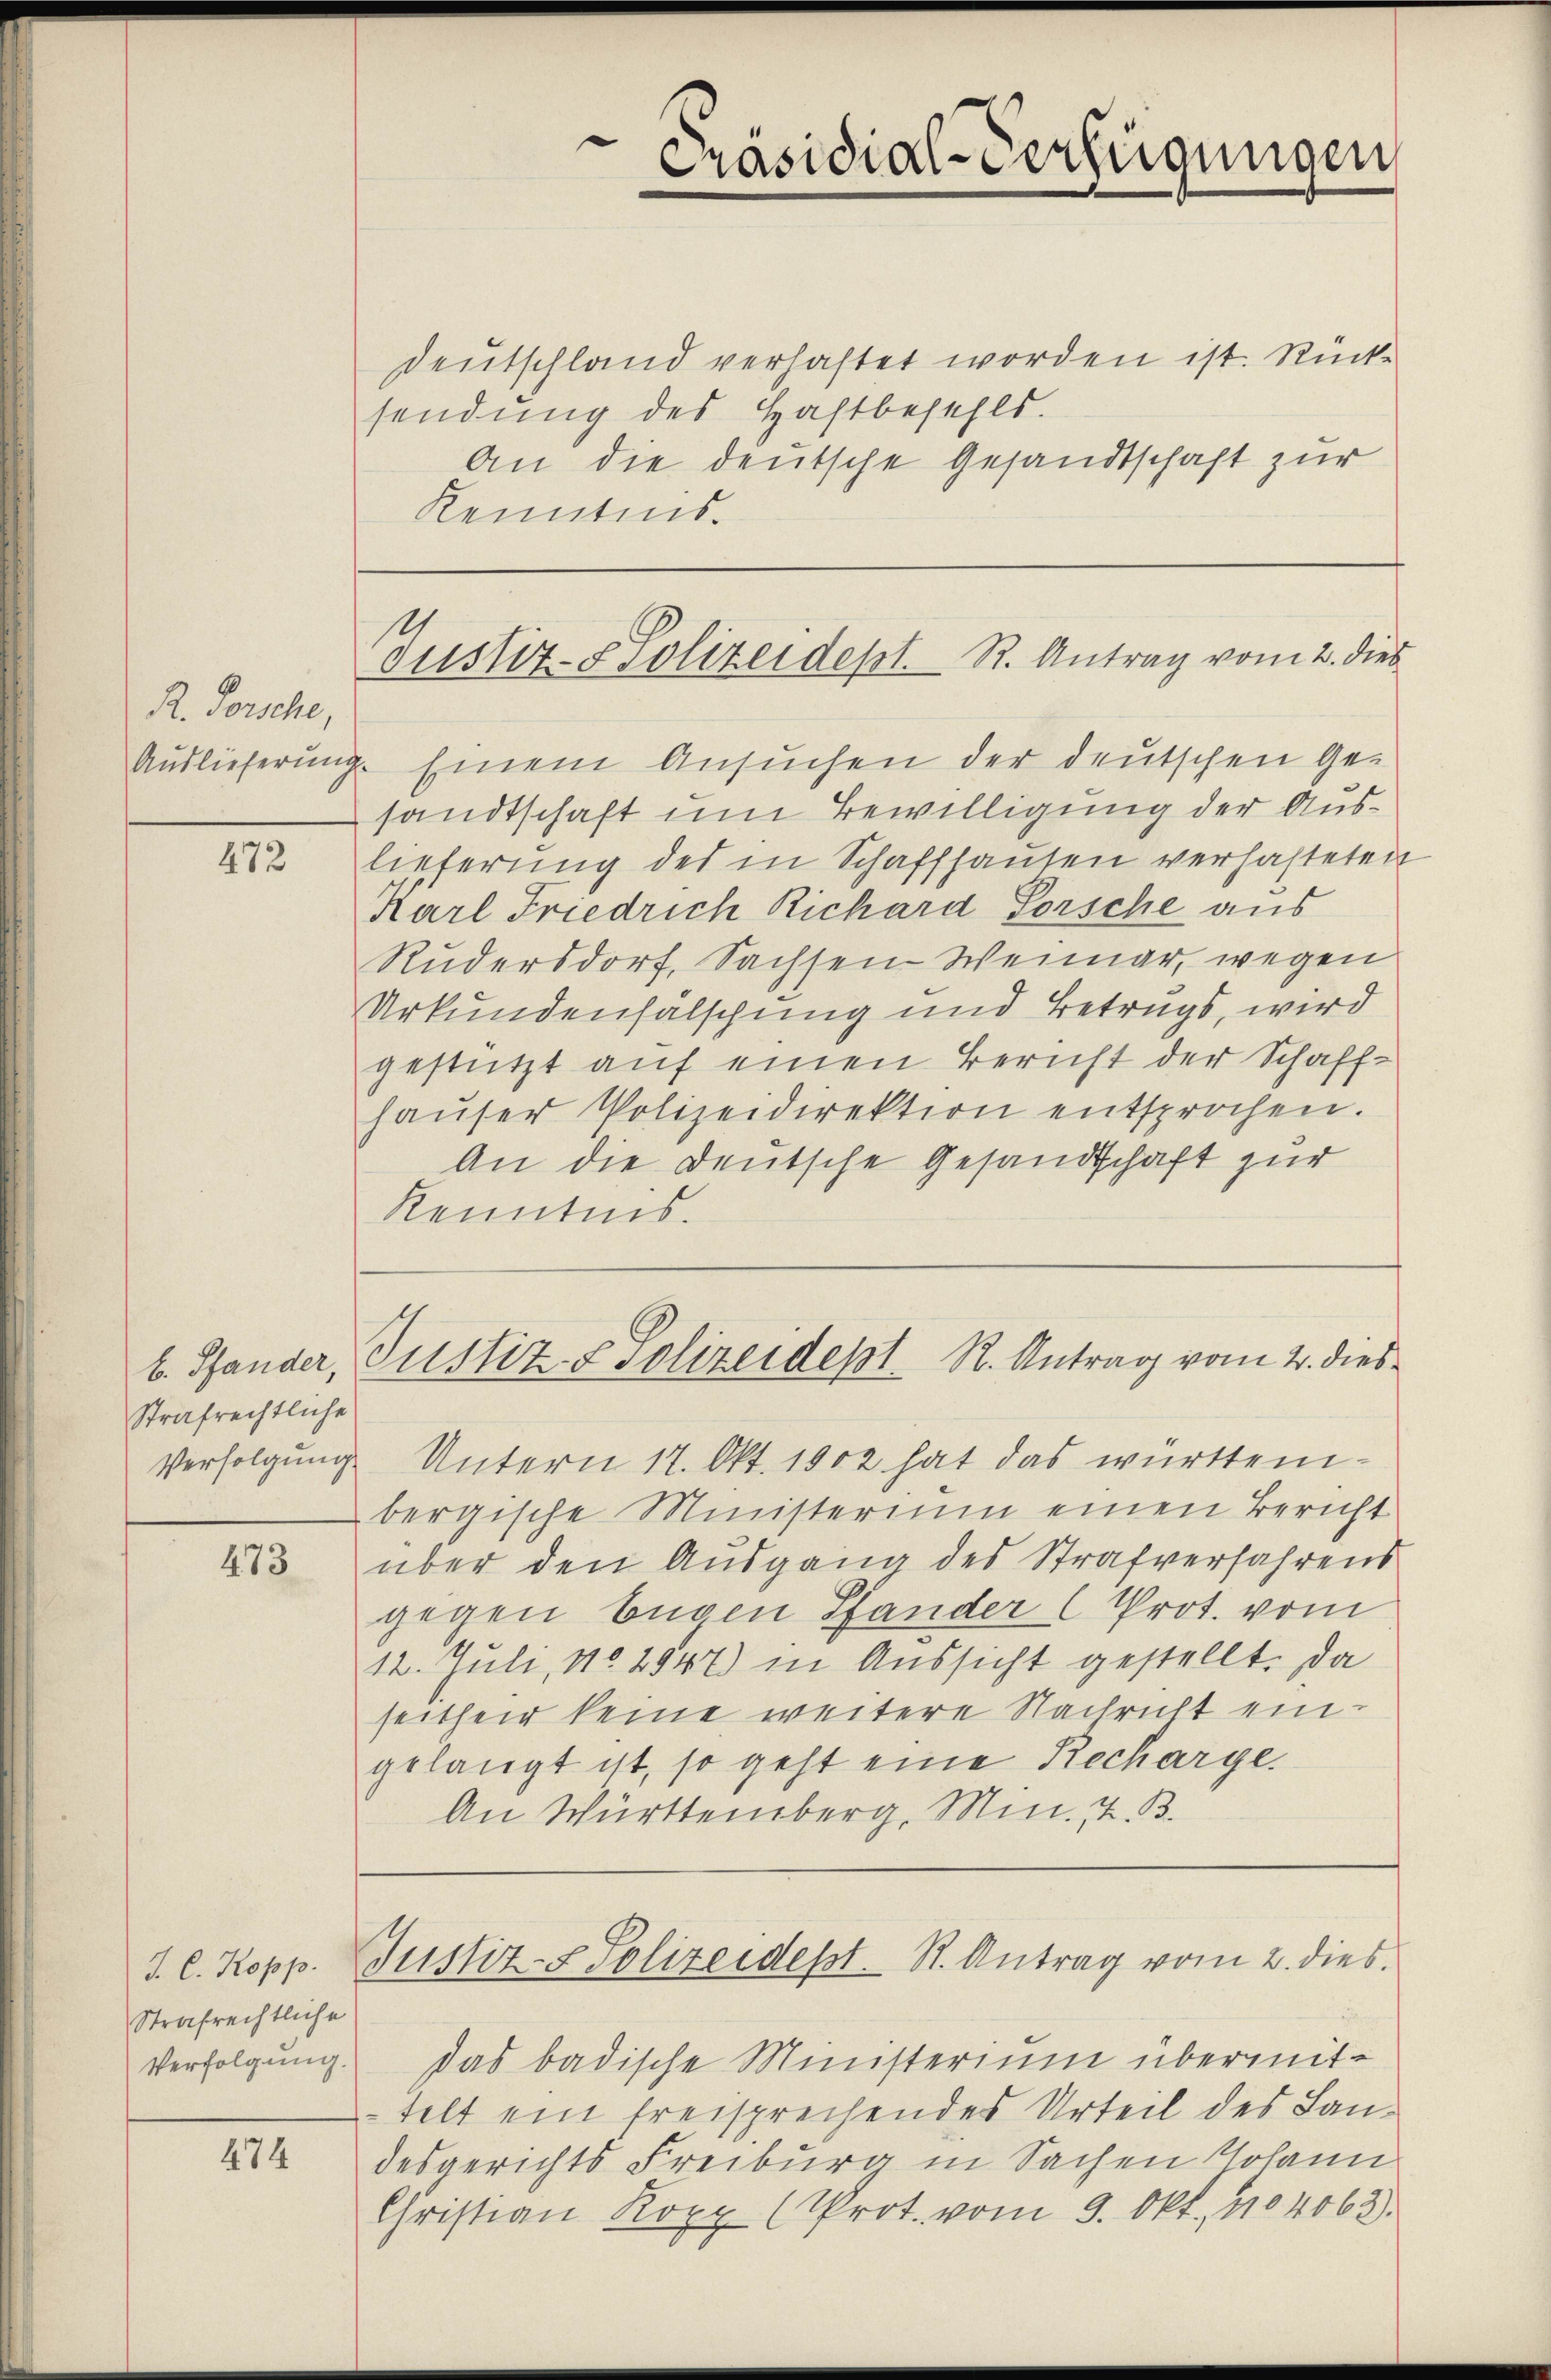
R. Forsche,

472

Strafrechtliche

473

Strafrechtliche
Verfolgung.

474

Deutschland verlastet worden ist. Rücksendung des Haftbefehls.
An die deutsche Gesandtschaft zur
Kenntnis.
Auslieferung. Einem Ansuchen der deutschen Ge-
sandtschaft um Bewilligung der Auslieferung des in Schaffhausen verhafteten
Karl Friedrich Richard Forsche aus
Rudersdorf, Sachsen-Weimar, wegen
Urkundenfälschung und Betrugs, wird
gestützt auf einen Bericht der Schaff-
haŭser Polizeidirektion entsprochen.
An die Deutsche Gesandschaft zur
Kenntnis.

Verfolgung Untern 17. Okt. 1902 hat das württembergische Ministerium einen Bericht
über den Ausgang des Strafverfahrens
gegen Eugen Pfander (Prot. vom
12. Juli, No 2947) in Aussicht gestellt. Da
seither keine weitere Nachricht eingelangt ist, so geht eine Recharge.
An Württemberg, Min., z. B.

Präsidial-Verfügungen

Justiz- & Polizeidept. R. Antrag vom 2. dies

b. Pfander, Justiz- & Polizeidept. R. Antrag vom 2. dies

J. l. Kopp Justiz- & Polizeidest. R. Antrag vom 2. dies

das badische Ministerium übermittelt ein freisprechendes Urteil des Landesgerichts Freiburg in Sachen Johann
Christian Kopp (Prot. vom 9. Okt. 1104063).